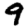
Digit: 9